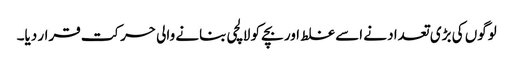
لوگوں کی بڑی تعداد نے اسے غلط اور بچے کو لالچی بنانے والی حرکت قرار دیا۔